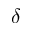
\delta